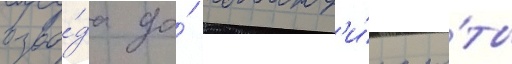
взво́да до́ команд'и́ра ро́ты